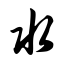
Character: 水